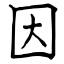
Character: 因